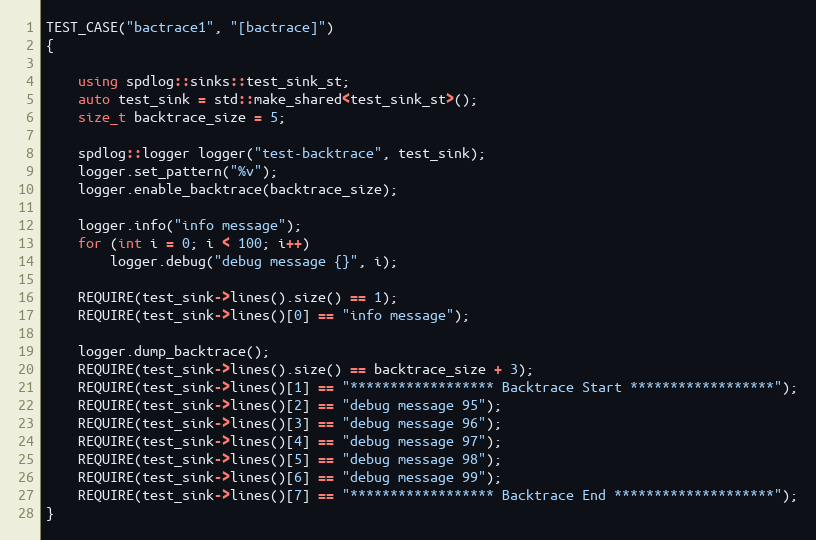
Language: C++
TEST_CASE("bactrace1", "[bactrace]")
{

    using spdlog::sinks::test_sink_st;
    auto test_sink = std::make_shared<test_sink_st>();
    size_t backtrace_size = 5;

    spdlog::logger logger("test-backtrace", test_sink);
    logger.set_pattern("%v");
    logger.enable_backtrace(backtrace_size);

    logger.info("info message");
    for (int i = 0; i < 100; i++)
        logger.debug("debug message {}", i);

    REQUIRE(test_sink->lines().size() == 1);
    REQUIRE(test_sink->lines()[0] == "info message");

    logger.dump_backtrace();
    REQUIRE(test_sink->lines().size() == backtrace_size + 3);
    REQUIRE(test_sink->lines()[1] == "****************** Backtrace Start ******************");
    REQUIRE(test_sink->lines()[2] == "debug message 95");
    REQUIRE(test_sink->lines()[3] == "debug message 96");
    REQUIRE(test_sink->lines()[4] == "debug message 97");
    REQUIRE(test_sink->lines()[5] == "debug message 98");
    REQUIRE(test_sink->lines()[6] == "debug message 99");
    REQUIRE(test_sink->lines()[7] == "****************** Backtrace End ********************");
}